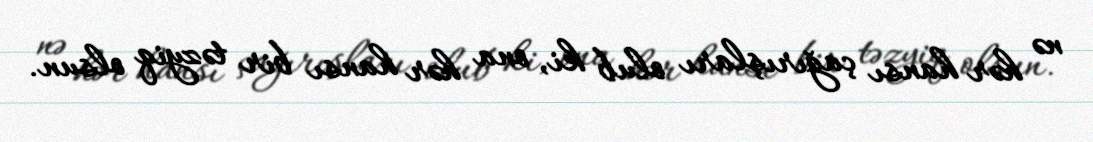
nə hər hansı çağırışları olub ki, ona hər hansı bir təzyiq olsun.